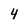
Character: 4